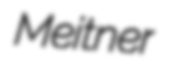
Meitner